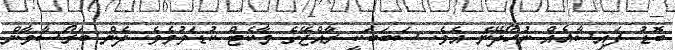
ބޮޑު ފައިސާއެއް ނުހޯދޭނެ އެވެ. ސަބަބަކީ ރާއްޖޭގެ މާކެޓް ކުޑަވުމެވެ. ދެން ބަރޯސާވާން